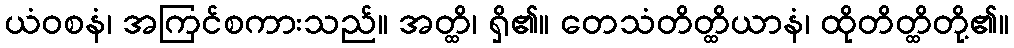
ယံဝစနံ၊ အကြင်စကားသည်။ အတ္ထိ၊ ရှိ၏။ တေသံတိတ္ထိယာနံ၊ ထိုတိတ္ထိတို့၏။